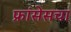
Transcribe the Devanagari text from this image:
फ्रांसेसचा